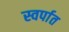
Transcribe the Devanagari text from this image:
स्वर्पात